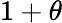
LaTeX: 1+\theta